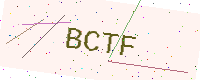
Text: BCTF